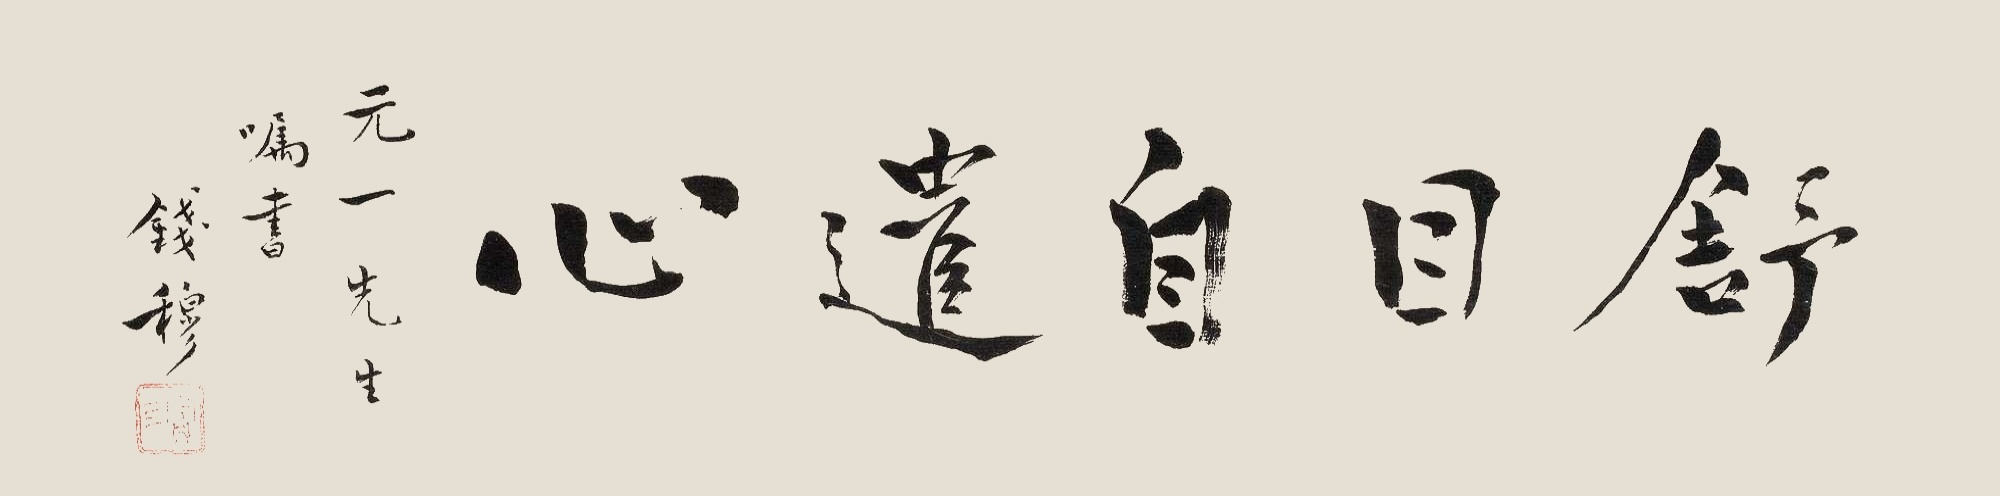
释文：舒目自遣心。元一先生嘱书，钱穆。